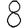
Digit: 8